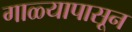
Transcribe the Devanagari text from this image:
गाळ्यापासून